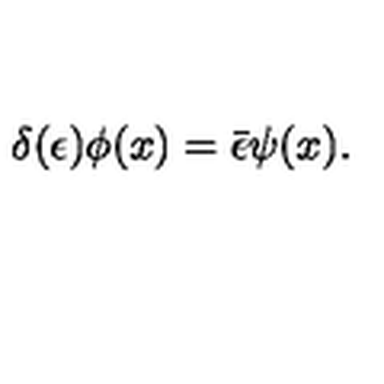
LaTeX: \delta ( \epsilon ) \phi ( x ) = \bar { \epsilon } \psi ( x ) .